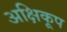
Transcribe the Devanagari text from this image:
अक्षिकूप